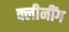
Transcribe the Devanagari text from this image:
क्लीनींग